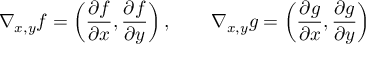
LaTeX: \nabla _ { x , y } f = \left( { \frac { \partial f } { \partial x } } , { \frac { \partial f } { \partial y } } \right) , \qquad \nabla _ { x , y } g = \left( { \frac { \partial g } { \partial x } } , { \frac { \partial g } { \partial y } } \right)